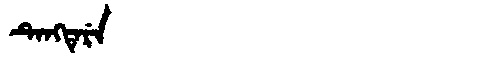
Manchu: ᡨᡝᠩᡨᡝᡵᡝ
Romanization: TENGTERE